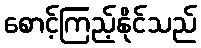
စောင့်ကြည့်နိုင်သည်